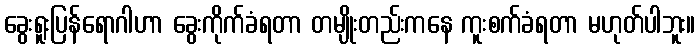
ခွေးရူးပြန်ရောဂါဟာ ခွေးကိုက်ခံရတာ တမျိုးတည်းကနေ ကူးစက်ခံရတာ မဟုတ်ပါဘူး။